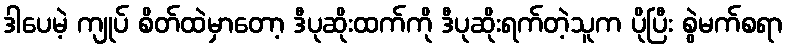
ဒါပေမဲ့ ကျုပ် စိတ်ထဲမှာတော့ ဒီပုဆိုးထက်ကို ဒီပုဆိုးရက်တဲ့သူက ပိုပြီး စွဲမက်စရာ